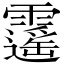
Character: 𩆡